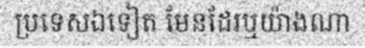
ប្រទេសឯទៀត មែនដែរឬយ៉ាងណា